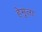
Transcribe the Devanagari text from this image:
हेमूला